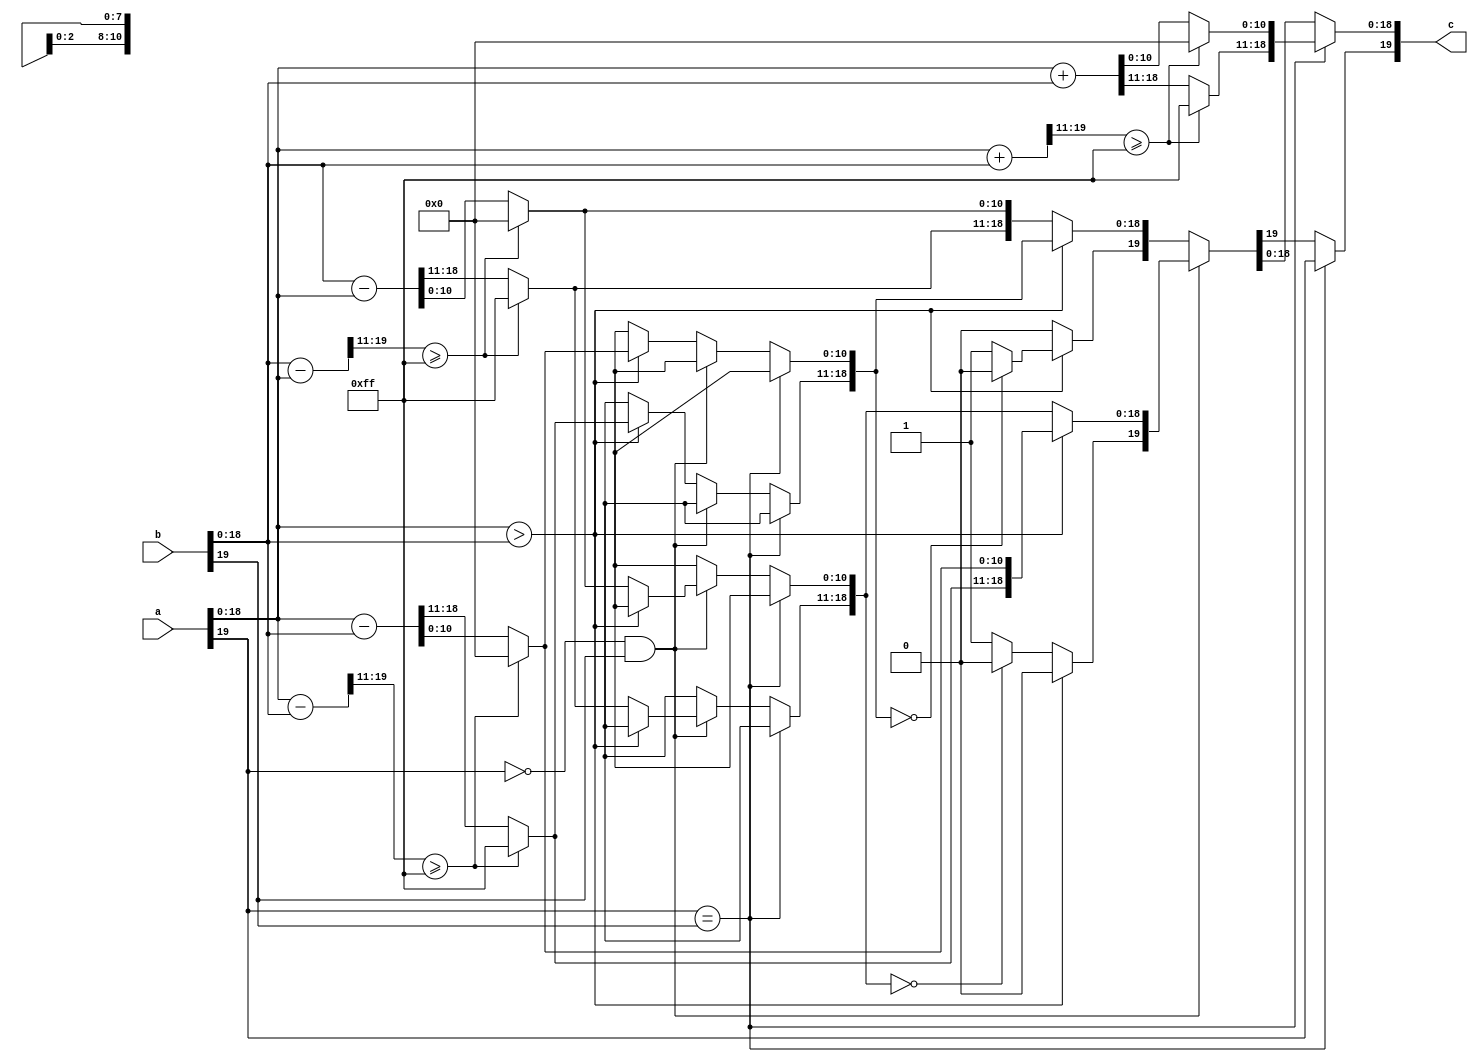

module add_fixed #(
	//Parameterized values
	parameter N = 20,
	parameter Q=11
	)
	(
    input [N-1:0] a,
    input [N-1:0] b,
    output [N-1:0] c
    );

reg [N-1:0] res;
reg [N-1:0]   test;

assign c = res;

always @(a,b) begin
	// both negative or both positive
	if(a[N-1] == b[N-1]) begin
	    test= a[N-2:0] + b[N-2:0];					//	Since they have the same sign, absolute magnitude increases
		if(test[N-1:Q]>=9'b011111111)
            begin
            res[N-2:Q]=8'b11111111;
            res[Q-1:0]=0;
            end
		else
            res[N-2:0] = a[N-2:0] + b[N-2:0];		//		So we just add the two numbers
        res[N-1] = a[N-1];							//		and set the sign appropriately...  Doesn't matter which one we use, 
                                                                //		they both have the same sign
															//	Do the sign last, on the off-chance there was an overflow...  
		end												//		Not doing any error checking on this...
	//	one of them is negative...
	else if(a[N-1] == 0 && b[N-1] == 1) begin		//	subtract a-b
		if( a[N-2:0] > b[N-2:0] ) begin
		    test= a[N-2:0] - b[N-2:0];
            if(test[N-1:Q]>=9'b011111111)
               begin
                res[N-2:Q]=8'b11111111;
                res[Q-1:0]=0;
              end
            else					//	if a is greater than b,
			res[N-2:0] = a[N-2:0] - b[N-2:0];			//		then just subtract b from a
			res[N-1] = 0;										//		and manually set the sign to positive
			end
		else begin
		    test= b[N-2:0] - a[N-2:0];
            if(test[N-1:Q]>=9'b011111111)
               begin
                res[N-2:Q]=8'b11111111;
                res[Q-1:0]=0;
               end
            else												//	if a is less than b,
			res[N-2:0] = b[N-2:0] - a[N-2:0];			//		we'll actually subtract a from b to avoid a 2's complement answer
			if (res[N-2:0] == 0)
				res[N-1] = 0;										//		I don't like negative zero....
			else
				res[N-1] = 1;										//		and manually set the sign to negative
			end
		end
	else begin												//	subtract b-a (a negative, b positive)
		if( a[N-2:0] > b[N-2:0] ) begin	
		    test= a[N-2:0] - b[N-2:0];
            if(test[N-1:Q]>=9'b011111111)
               begin
                res[N-2:Q]=8'b11111111;
                res[Q-1:0]=0;
               end
            else				//	if a is greater than b,
			res[N-2:0] = a[N-2:0] - b[N-2:0];			//		we'll actually subtract b from a to avoid a 2's complement answer
			if (res[N-2:0] == 0)
				res[N-1] = 0;										//		I don't like negative zero....
			else
				res[N-1] = 1;										//		and manually set the sign to negative
			end
		else begin
		    test = b[N-2:0] - a[N-2:0];
            if(test[N-1:Q]>=9'b011111111)
              begin
                res[N-2:Q]=8'b11111111;
                res[Q-1:0]=0;
              end
            else												//	if a is less than b,
			res[N-2:0] = b[N-2:0] - a[N-2:0];			//		then just subtract a from b
			res[N-1] = 0;										//		and manually set the sign to positive
			end
		end
	end
endmodule